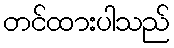
တင်ထားပါသည်